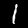
Label: 1